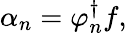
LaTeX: \alpha_{n}=\varphi_{n}^{\dagger}f,